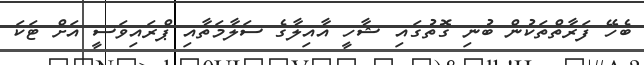
ބެހޭ ފަރާތްތަކުން ބުނި ގޮތުގައި ޝާހީ އާއިލާގެ ސަލާމަތާއި ޕްރައިވަސީ އަށް ޓަކަ